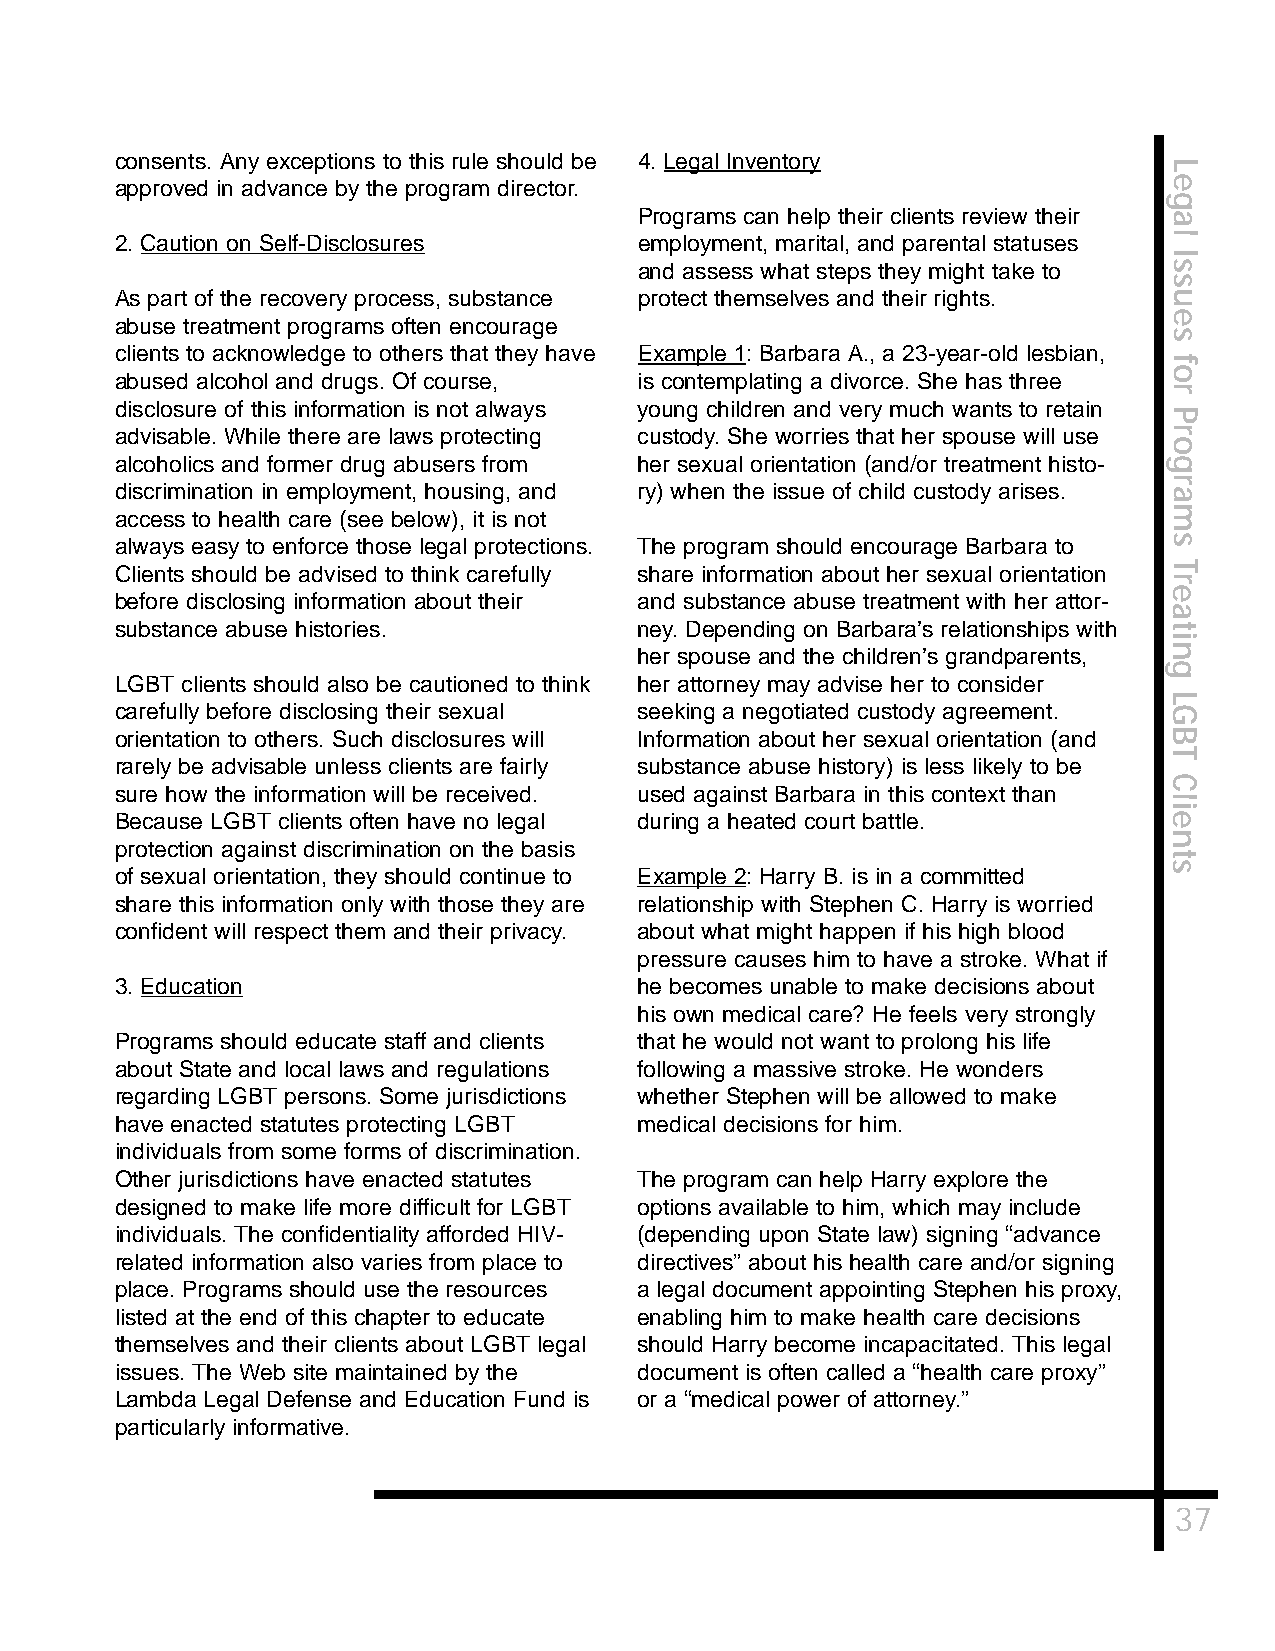
consents. Any exceptions to this rule should be 4. Legal Inventory
 L
 approved in advance by the program director.                         e
 g
 Programs can help their clients review their a
 2. Caution on Self-Disclosures    employment, marital, and parental statuses l
 I
 and assess what steps they might take to s
 s
 As part of the recovery process, substance protect themselves and their rights. u
 e
 abuse treatment programs often encourage
 s
 clients to acknowledge to others that they have Example 1: Barbara A., a 23-year-old lesbian,
 f
 o
 abused alcohol and drugs. Of course, is contemplating a divorce. She has three
 r
 disclosure of this information is not always young children and very much wants to retain
 P
 advisable. While there are laws protecting custody. She worries that her spouse will use r
 o
 alcoholics and former drug abusers from her sexual orientation (and/or treatment histo- g
 r
 discrimination in employment, housing, and ry) when the issue of child custody arises. a
 access to health care (see below), it is not                         m
 always easy to enforce those legal protections. The program should encourage Barbara to s
 Clients should be advised to think carefully share information about her sexual orientation T
 r
 e
 before disclosing information about their and substance abuse treatment with her attor-
 a
 substance abuse histories.        ney. Depending on Barbara’s relationships with t
 i
 her spouse and the children’s grandparents, n
 g
 LGBT clients should also be cautioned to think her attorney may advise her to consider
 L
 carefully before disclosing their sexual seeking a negotiated custody agreement. G
 orientation to others. Such disclosures will Information about her sexual orientation (and B
 T
 rarely be advisable unless clients are fairly substance abuse history) is less likely to be
 C
 sure how the information will be received. used against Barbara in this context than
 l
 i
 Because LGBT clients often have no legal during a heated court battle. e
 n
 protection against discrimination on the basis
 t
 s
 of sexual orientation, they should continue to Example 2: Harry B. is in a committed
 share this information only with those they are relationship with Stephen C. Harry is worried
 confident will respect them and their privacy. about what might happen if his high blood
 pressure causes him to have a stroke. What if
 3. Education                      he becomes unable to make decisions about
 his own medical care? He feels very strongly
 Programs should educate staff and clients that he would not want to prolong his life
 about State and local laws and regulations following a massive stroke. He wonders
 regarding LGBT persons. Some jurisdictions whether Stephen will be allowed to make
 have enacted statutes protecting LGBT medical decisions for him.
 individuals from some forms of discrimination.
 Other jurisdictions have enacted statutes The program can help Harry explore the
 designed to make life more difficult for LGBT options available to him, which may include
 individuals. The confidentiality afforded HIV- (depending upon State law) signing “advance
 related information also varies from place to directives” about his health care and/or signing
 place. Programs should use the resources a legal document appointing Stephen his proxy,
 listed at the end of this chapter to educate enabling him to make health care decisions
 themselves and their clients about LGBT legal should Harry become incapacitated. This legal
 issues. The Web site maintained by the document is often called a “health care proxy”
 Lambda Legal Defense and Education Fund is or a “medical power of attorney.”
 particularly informative.
 37